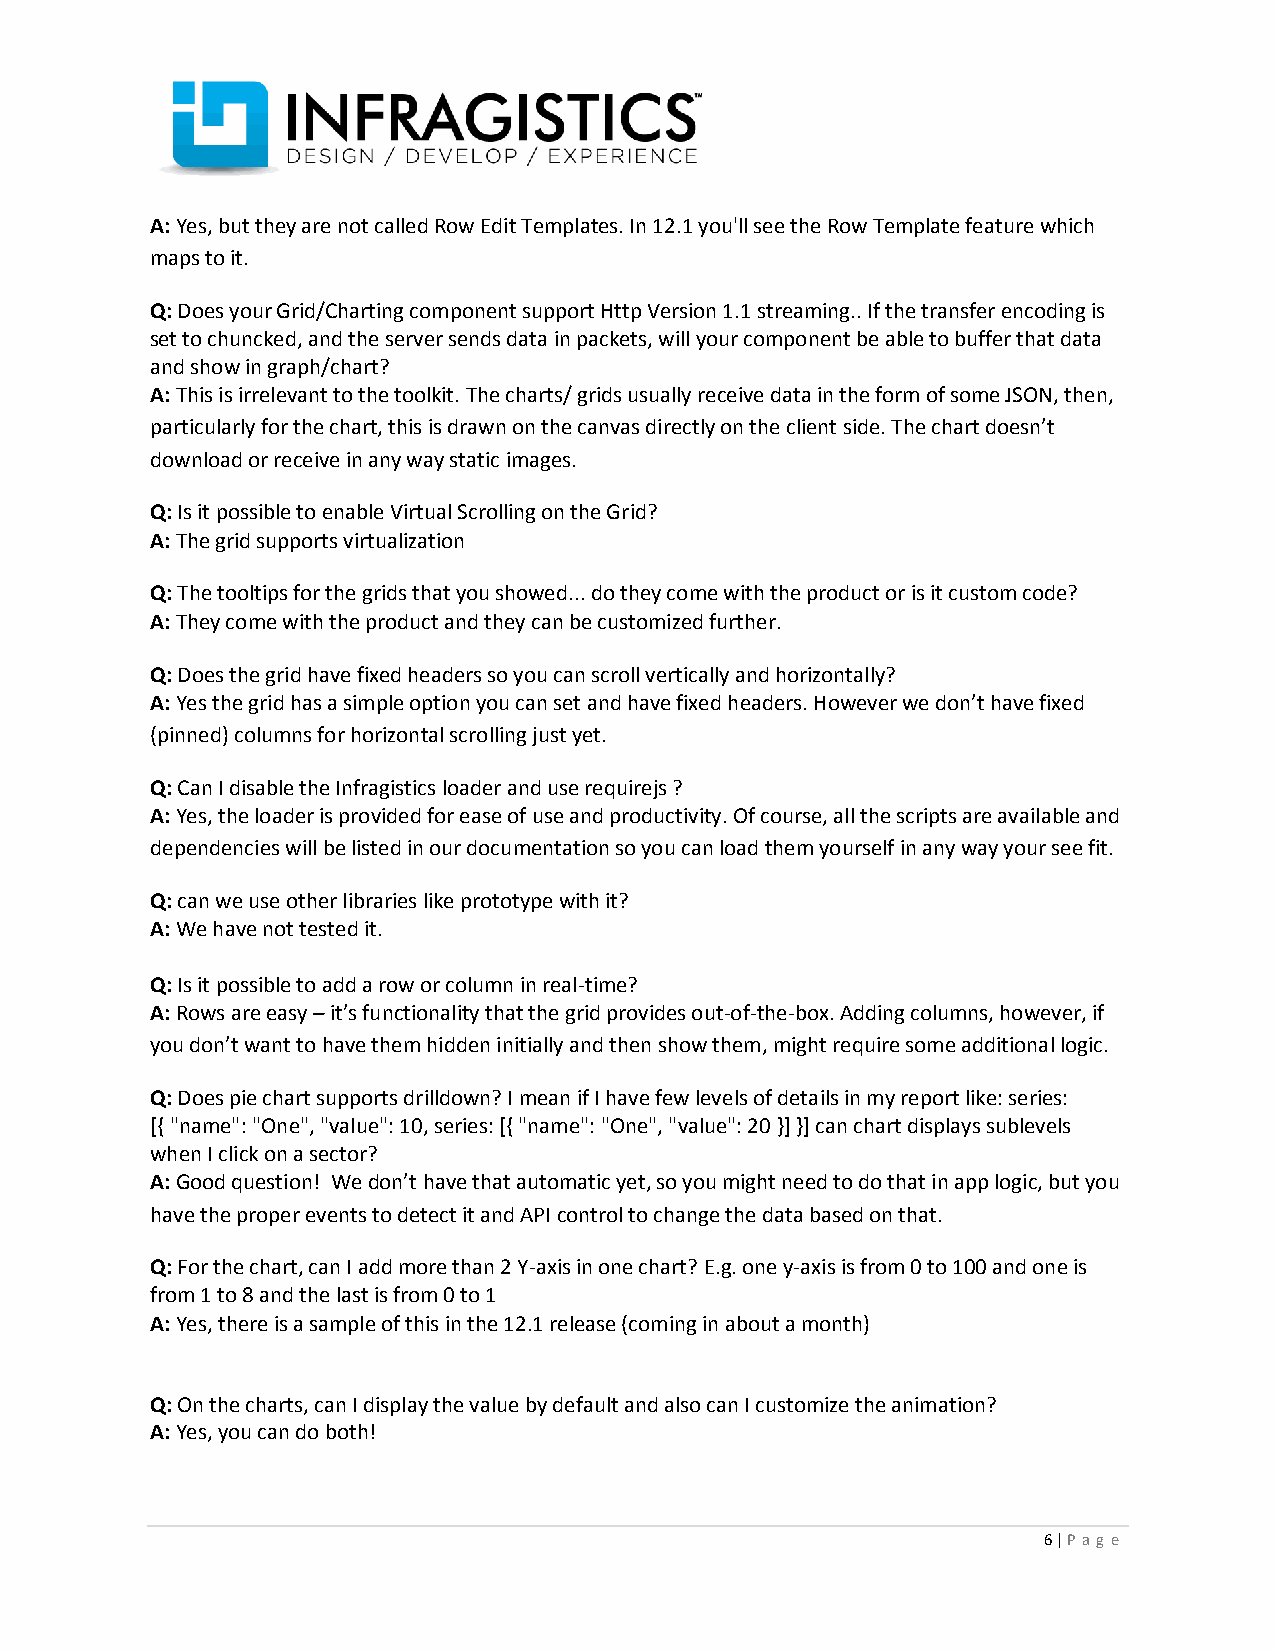
A: Yes, but they are not called Row Edit Templates. In 12.1 you'll see the Row Template feature which
 maps to it.
 Q: Does your Grid/Charting component support Http Version 1.1 streaming.. If the transfer encoding is
 set to chuncked, and the server sends data in packets, will your component be able to buffer that data
 and show in graph/chart?
 A: This is irrelevant to the toolkit. The charts/ grids usually receive data in the form of some JSON, then,
 particularly for the chart, this is drawn on the canvas directly on the client side. The chart doesn’t
 download or receive in any way static images.
 Q: Is it possible to enable Virtual Scrolling on the Grid?
 A: The grid supports virtualization
 Q: The tooltips for the grids that you showed... do they come with the product or is it custom code?
 A: They come with the product and they can be customized further.
 Q: Does the grid have fixed headers so you can scroll vertically and horizontally?
 A: Yes the grid has a simple option you can set and have fixed headers. However we don’t have fixed
 (pinned) columns for horizontal scrolling just yet.
 Q: Can I disable the Infragistics loader and use requirejs ?
 A: Yes, the loader is provided for ease of use and productivity. Of course, all the scripts are available and
 dependencies will be listed in our documentation so you can load them yourself in any way your see fit.
 Q: can we use other libraries like prototype with it?
 A: We have not tested it.
 Q: Is it possible to add a row or column in real-time?
 A: Rows are easy – it’s functionality that the grid provides out-of-the-box. Adding columns, however, if
 you don’t want to have them hidden initially and then show them, might require some additional logic.
 Q: Does pie chart supports drilldown? I mean if I have few levels of details in my report like: series:
 [{ "name": "One", "value": 10, series: [{ "name": "One", "value": 20 }] }] can chart displays sublevels
 when I click on a sector?
 A: Good question! We don’t have that automatic yet, so you might need to do that in app logic, but you
 have the proper events to detect it and API control to change the data based on that.
 Q: For the chart, can I add more than 2 Y-axis in one chart? E.g. one y-axis is from 0 to 100 and one is
 from 1 to 8 and the last is from 0 to 1
 A: Yes, there is a sample of this in the 12.1 release (coming in about a month)
 Q: On the charts, can I display the value by default and also can I customize the animation?
 A: Yes, you can do both!
 6 | P ag e